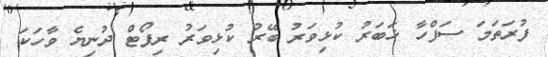
ފުރަތަމަ ސަފްހާ ޚަބަރު ކުޅިވަރު ބޭރު ކުޅިވަރު ރިޕޯޓް ދުނިޔެ ވާހަކަ